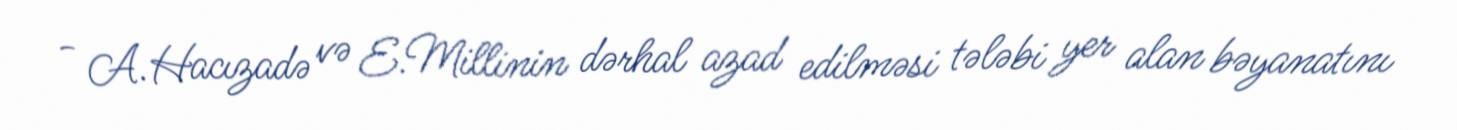
- A.Hacızadə və E.Millinin dərhal azad edilməsi tələbi yer alan bəyanatını